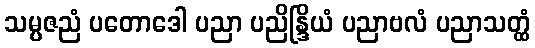
သမ္ပဇညံ ပတောဒေါ ပညာ ပညိန္ဒြိယံ ပညာဗလံ ပညာသတ္ထံ